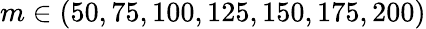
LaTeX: m\in(50,75,100,125,150,175,200)